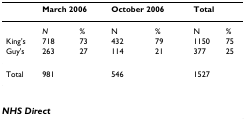
|  | <COLSPAN=2> March 2006 | <COLSPAN=2> October 2006 | <COLSPAN=2> Total |
 | --- | --- | --- | --- | --- | --- | --- |
 |  | N | % | N | % | N | % |
 | King's | 718 | 73 | 432 | 79 | 1150 | 75 |
 | Guy's | 263 | 27 | 114 | 21 | 377 | 25 |
 | Total | 981 |  | 546 |  | 1527 |  |